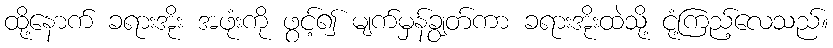
ထို့နောက် ခရားအိုး အဖုံးကို ဖွင့်၍ မျက်မှန်ချွတ်ကာ ခရားအိုးထဲသို့ ငုံ့ကြည့်လေသည်။